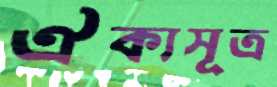
ঐক্যসূত্র